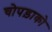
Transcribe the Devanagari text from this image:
चोपड़ाको